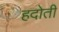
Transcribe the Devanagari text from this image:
हदोती